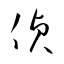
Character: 偵